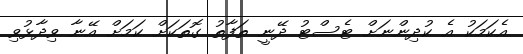
އެކަމަކު އެ ކުދިންނަށް ޓެސްޓު ދޭނީ ތަފާތު ގޮތަކަށް ކަމަށް އޭނާ ވިދާޅުވި